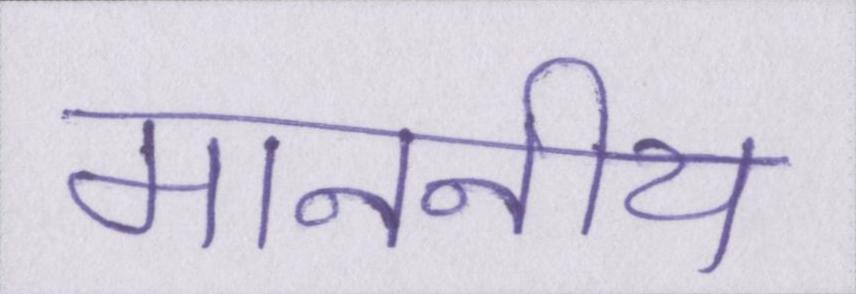
माननीय